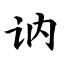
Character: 讷